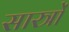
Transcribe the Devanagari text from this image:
सास्त्रों